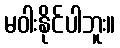
မဝါးနိုင်ပါဘူး။